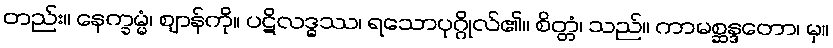
တည်း။ နေက္ခမ္မံ၊ ဈာန်ကို။ ပဋိလဒ္ဓဿ၊ ရသောပုဂ္ဂိုလ်၏။ စိတ္တံ၊ သည်။ ကာမစ္ဆန္ဒတော၊ မှ။